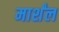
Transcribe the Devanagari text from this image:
मार्शंल